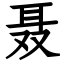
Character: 聂